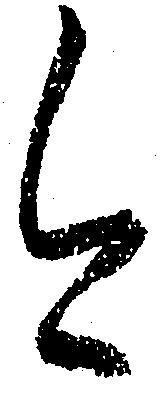
今